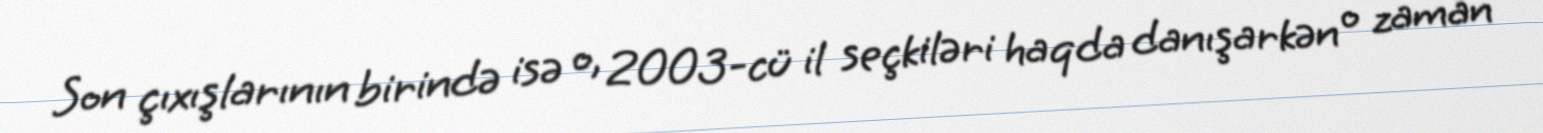
Son çıxışlarının birində isə o, 2003-cü il seçkiləri haqda danışarkən o zaman